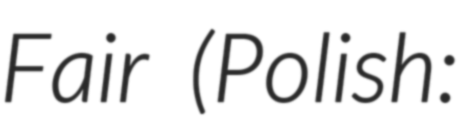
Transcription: Fair (Polish: